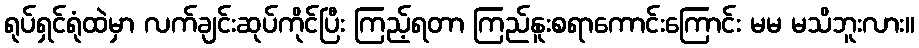
ရုပ်ရှင်ရုံထဲမှာ လက်ချင်းဆုပ်ကိုင်ပြီး ကြည့်ရတာ ကြည်နူးစရာကောင်းကြောင်း မမ မသိဘူးလား။